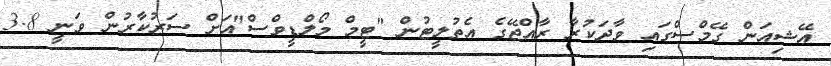
އޭޝިއަން ގޭމްސްގައި ވާދަކުރާ ރާއްޖޭގެ އެތުލީޓުން "ޓީމް މޯލްޑީވްސް"އަށް ސަރުކާރުން ވަނީ 3.8